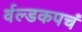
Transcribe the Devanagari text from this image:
र्वल्डकपचं